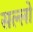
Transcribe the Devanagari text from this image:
सल्लो